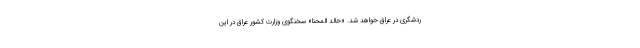
ردشگری در عراق خواهد شد. «خالد المحنا» سخنگوی وزارت کشور عراق در این